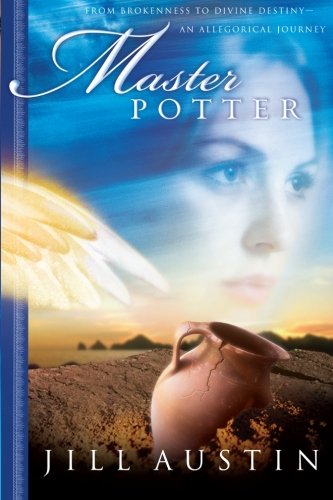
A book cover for Master Potter: From Brokenness to Divine Destiny: An Allegorical Journey (Chronicles of Master Potter); Jill Austin; Christian Books & Bibles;